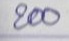
200